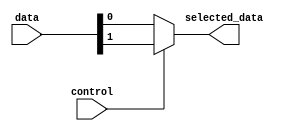
module mux_2to1 (
    input [127:0] data,
    input control,
    output reg selected_data
);

always @(*) begin
    if (control == 1'b0) begin
        selected_data = data[0];
    end else begin
        selected_data = data[1];
    end
end

endmodule